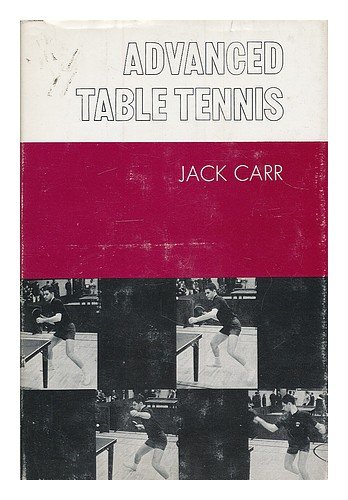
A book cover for Advanced Table Tennis; Jack Carr; Sports & Outdoors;